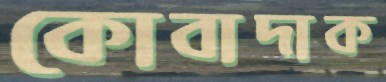
কোবাদাক